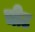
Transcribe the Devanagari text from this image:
चीट